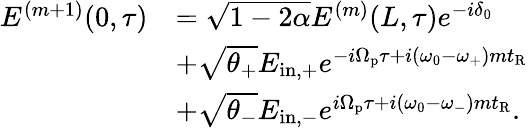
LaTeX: \begin{array}{rl}{E^{(m+1)}(0,\tau)}&{=\sqrt{1-2\alpha}E^{(m)}(L,\tau)e^{-i\delta_{0}}}\\ &{+\sqrt{\theta_{+}}E_{\mathrm{in,+}}e^{-i\Omega_{\mathrm{p}}\tau+i(\omega_{0}-\omega_{+})mt_{\mathrm{R}}}}\\ &{+\sqrt{\theta_{-}}E_{\mathrm{in,-}}e^{i\Omega_{\mathrm{p}}\tau+i(\omega_{0}-\omega_{-})mt_{\mathrm{R}}}.}\end{array}